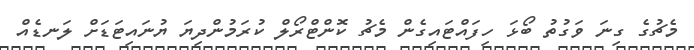
މެޗުގެ ގިނަ ވަގުތު ބޯޅަ ހިފައްޓައިގެން މެޗު ކޮންޓްރޯލް ކުރަމުންދިޔަ ޔުނައިޓަޑަށް ލަނޑެއް